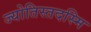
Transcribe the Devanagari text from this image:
ज्योतिस्तदस्मि